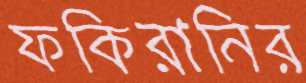
ফকিরানির